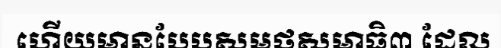
ហើយមានបែបសមថសមាធិ៣ ដែល